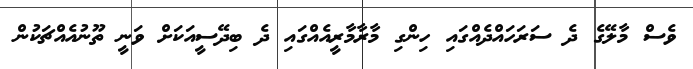
ވެސް މާލޭގެ ދެ ސަރަހައްދެއްގައި ހިންގި މާރާމާރީއެއްގައި ދެ ބިދޭސީއަކަށް ވަނީ ތޫނުއެއްޗަކުން